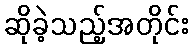
ဆိုခဲ့သည့်အတိုင်း